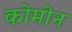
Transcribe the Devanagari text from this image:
कोमोन